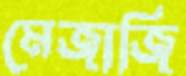
মেজাজি